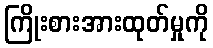
ကြိုးစားအားထုတ်မှုကို